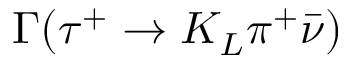
\Gamma ( \tau ^ { + } \to K _ { L } \pi ^ { + } \bar { \nu } )